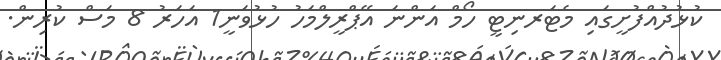
ކުޅުދުއްފުށީގައި މެޓަރނިޓީ ހޯމް އަންނަ އޭޕްރީލްމަހު ހުޅުވަނީ1 އަހަރު 8 މަސް ކުރިން.